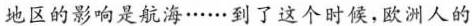
地区的影响是航海······到了这个时候，欧洲人的